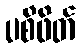
ပစိဖိတ်